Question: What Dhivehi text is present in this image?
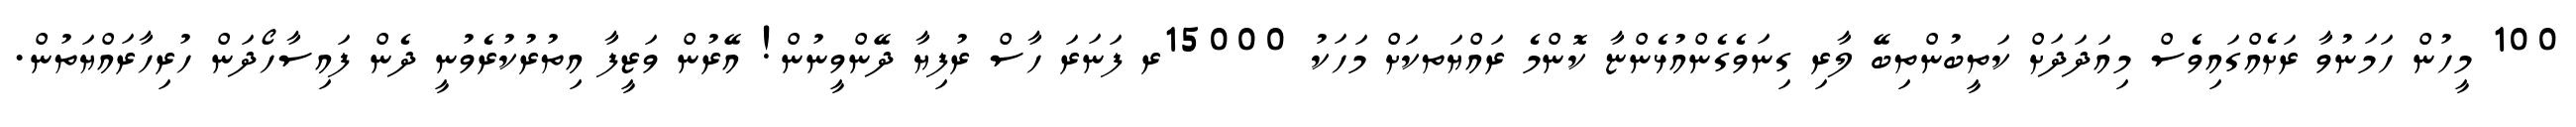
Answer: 100 މީހުން ހަމަނުވާ ރަށެއްގައިވެސް މިއަދަދަށް ކަތީބުންތިބޭ ލާރި ގިނަވެގެންއުޅެންޏާ ކޮންމެ ރައްޔަތކަށް މަހަކު 15000ރ ފަނަރަ ހާސް ރުފިޔާ ދޭންވީނުން! އޭރުން ވަޒީފާ އިތުރުކުރެވުނީ ދެން ފައިސާހޯދަން ހުރިހާރައްޔަތުން.